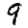
Digit: 9